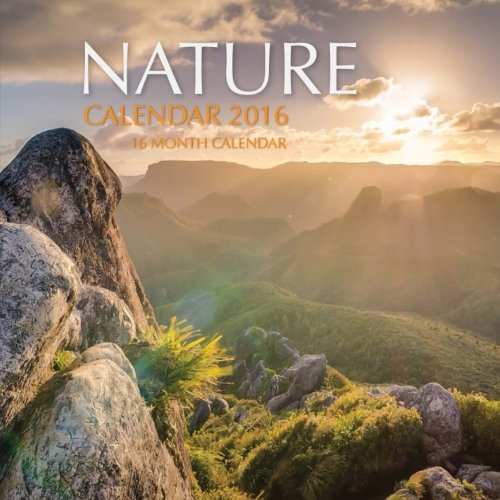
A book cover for Nature Calendar 2016: 16 Month Calendar; Jack Smith; Calendars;